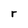
Character: r